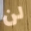
لن